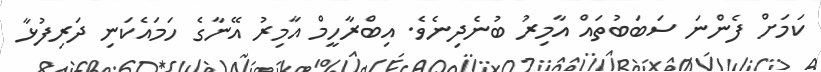
ކަމަށް ފެންނަ ސަބަބުތައް އާމިރު ބުނެދިނެވެ. އިބްރާހީމް އާމިރު އޭނާގެ ހަމައެކަނި ދަރިފުޅާ